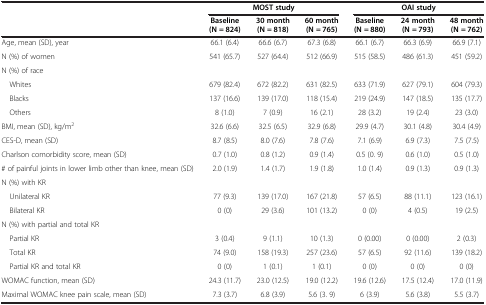
<table><thead><tr><td rowspan="2"><b> </b></td><td colspan="3"><b>MOST study</b></td><td colspan="3"><b>OAI study</b></td></tr><tr><td><b>Baseline (N = 824)</b></td><td><b>30 month (N = 818)</b></td><td><b>60 month (N = 765)</b></td><td><b>Baseline (N = 880)</b></td><td><b>24 month (N = 793)</b></td><td><b>48 month (N = 762)</b></td></tr></thead><tbody><tr><td>Age, mean (SD), year</td><td>66.1 (6.4)</td><td>66.6 (6.7)</td><td>67.3 (6.8)</td><td>66.1 (6.7)</td><td>66.3 (6.9)</td><td>66.9 (7.1)</td></tr><tr><td>N (%) of women</td><td>541 (65.7)</td><td>527 (64.4)</td><td>512 (66.9)</td><td>515 (58.5)</td><td>486 (61.3)</td><td>451 (59.2)</td></tr><tr><td>N (%) of race</td><td> </td><td> </td><td> </td><td> </td><td> </td><td> </td></tr><tr><td> Whites</td><td>679 (82.4)</td><td>672 (82.2)</td><td>631 (82.5)</td><td>633 (71.9)</td><td>627 (79.1)</td><td>604 (79.3)</td></tr><tr><td> Blacks</td><td>137 (16.6)</td><td>139 (17.0)</td><td>118 (15.4)</td><td>219 (24.9)</td><td>147 (18.5)</td><td>135 (17.7)</td></tr><tr><td> Others</td><td>8 (1.0)</td><td>7 (0.9)</td><td>16 (2.1)</td><td>28 (3.2)</td><td>19 (2.4)</td><td>23 (3.0)</td></tr><tr><td>BMI, mean (SD), kg/m<sup>2</sup></td><td>32.6 (6.6)</td><td>32.5 (6.5)</td><td>32.9 (6.8)</td><td>29.9 (4.7)</td><td>30.1 (4.8)</td><td>30.4 (4.9)</td></tr><tr><td>CES-D, mean (SD)</td><td>8.7 (8.5)</td><td>8.0 (7.6)</td><td>7.8 (7.6)</td><td>7.1 (6.9)</td><td>6.9 (7.3)</td><td>7.5 (7.5)</td></tr><tr><td>Charlson comorbidity score, mean (SD)</td><td>0.7 (1.0)</td><td>0.8 (1.2)</td><td>0.9 (1.4)</td><td>0.5 (0. 9)</td><td>0.6 (1.0)</td><td>0.5 (1.0)</td></tr><tr><td># of painful joints in lower limb other than knee, mean (SD)</td><td>2.0 (1.9)</td><td>1.4 (1.7)</td><td>1.9 (1.8)</td><td>1.0 (1.4)</td><td>0.9 (1.3)</td><td>0.9 (1.3)</td></tr><tr><td>N (%) with KR</td><td> </td><td> </td><td> </td><td> </td><td> </td><td> </td></tr><tr><td> Unilateral KR</td><td>77 (9.3)</td><td>139 (17.0)</td><td>167 (21.8)</td><td>57 (6.5)</td><td>88 (11.1)</td><td>123 (16.1)</td></tr><tr><td> Bilateral KR</td><td>0 (0)</td><td>29 (3.6)</td><td>101 (13.2)</td><td>0 (0)</td><td>4 (0.5)</td><td>19 (2.5)</td></tr><tr><td>N (%) with partial and total KR</td><td> </td><td> </td><td> </td><td> </td><td> </td><td> </td></tr><tr><td> Partial KR</td><td>3 (0.4)</td><td>9 (1.1)</td><td>10 (1.3)</td><td>0 (0.00)</td><td>0 (0.00)</td><td>2 (0.3)</td></tr><tr><td> Total KR</td><td>74 (9.0)</td><td>158 (19.3)</td><td>257 (23.6)</td><td>57 (6.5)</td><td>92 (11.6)</td><td>139 (18.2)</td></tr><tr><td> Partial KR and total KR</td><td>0 (0)</td><td>1 (0.1)</td><td>1 (0.1)</td><td>0 (0)</td><td>0 (0)</td><td>0 (0)</td></tr><tr><td>WOMAC function, mean (SD)</td><td>24.3 (11.7)</td><td>23.0 (12.5)</td><td>19.0 (12.2)</td><td>19.6 (12.6)</td><td>17.5 (12.4)</td><td>17.0 (11.9)</td></tr><tr><td>Maximal WOMAC knee pain scale, mean (SD)</td><td>7.3 (3.7)</td><td>6.8 (3.9)</td><td>5.6 (3. 9)</td><td>6 (3.9)</td><td>5.6 (3.8)</td><td>5.5 (3.7)</td></tr></tbody></table>